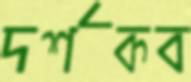
দর্শকব